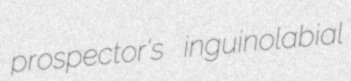
prospector's inguinolabial